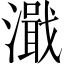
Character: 濈